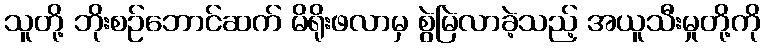
သူတို့ ဘိုးစဉ်ဘောင်ဆက် မိရိုးဖလာမှ စွဲမြဲလာခဲ့သည့် အယူသီးမှုတို့ကို